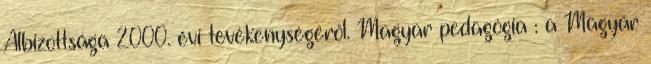
Albizottsága 2000. évi tevékenységéről. Magyar pedagógia : a Magyar